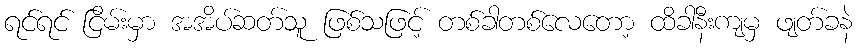
ရင်ရင် ငြိမ်းမှာ အအိပ်ဆတ်သူ ဖြစ်သဖြင့် တစ်ခါတစ်လေတော့ ထိခါနီးကျမှ ဖျတ်ခနဲ